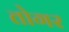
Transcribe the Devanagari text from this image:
तोगर